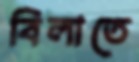
বিলাতে